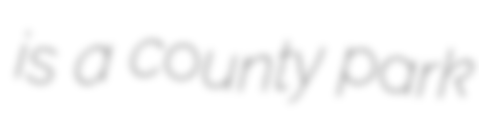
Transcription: is a county park